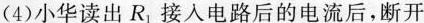
(4)小华读出R_{1}接入电路后的电流后，断开